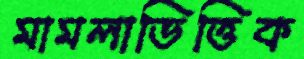
মামলাভিত্তিক